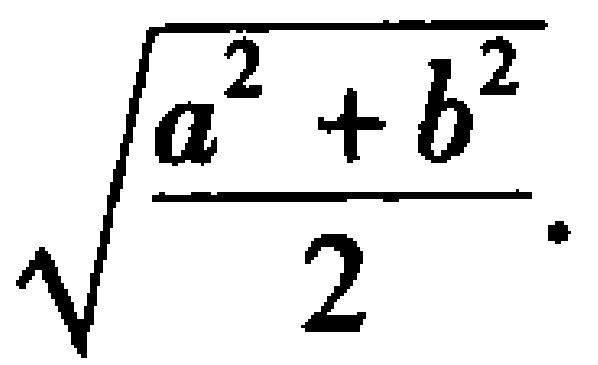
\(\sqrt{\frac{a^{2}+b^{2}}{2}}\)